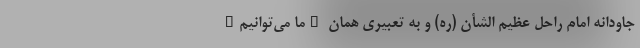
جاودانه امام راحل عظیم الشأن (ره) و به تعبیری همان "ما می‌توانیم"